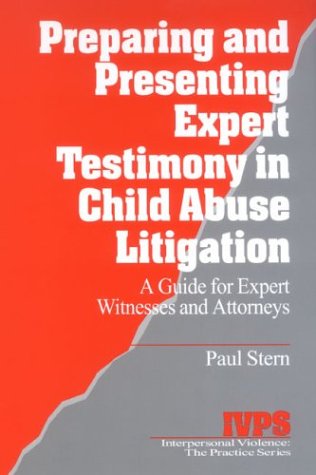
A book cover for Preparing and Presenting Expert Testimony in Child Abuse Litigation: A Guide for Expert Witnesses and Attorneys (Interpersonal Violence: The Practice Series); Paul Stern; Law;